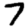
Digit: 7